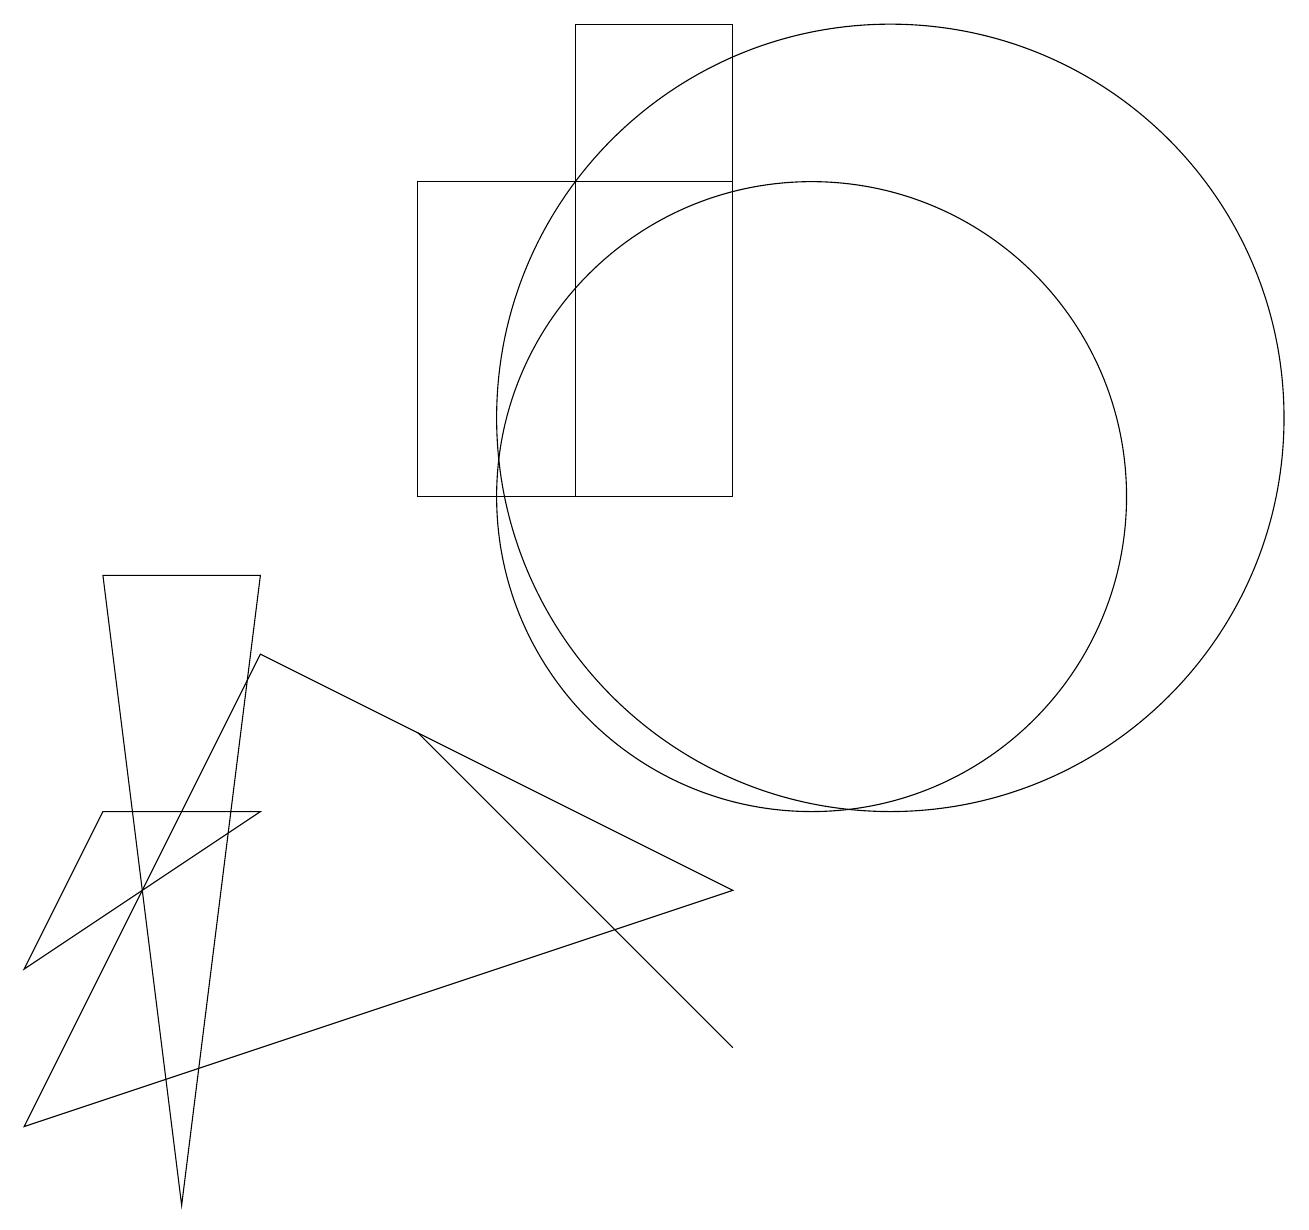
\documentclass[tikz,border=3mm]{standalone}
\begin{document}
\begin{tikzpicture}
\draw (5,14) rectangle (9,10);
\draw (9,3) -- (5,7) -- (7,5) -- cycle;
\draw (3,8) -- (0,2) -- (9,5) -- cycle;
\draw (2,1) -- (1,9) -- (3,9) -- cycle;
\draw (9,16) rectangle (7,10);
\draw (11,11) circle (5);
\draw (10,10) circle (4);
\draw (0,4) -- (1,6) -- (3,6) -- cycle;
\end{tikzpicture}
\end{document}